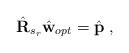
LaTeX: \begin{align*} \hat{\textbf{R}}_{s_r}\hat{\textbf{w}}_{opt} = \hat{\textbf{p}}\;,\end{align*}